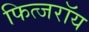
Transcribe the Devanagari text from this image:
फित्जरॉय